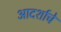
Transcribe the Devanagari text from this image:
आदर्शाचे